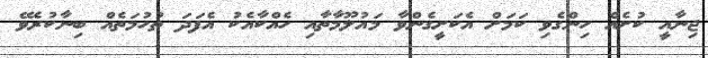
ޖިނާއީ ކުށެއް ހިންގެވި ކަމަށް އެކަށީގެންވާ މައުލޫމާތާއި ހެއްކާއެކު އެފަދަ ތުހުމަތެއް ބިނާކުރެވޭ